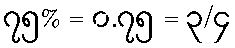
၇၅% = ၀.၇၅ = ၃/၄